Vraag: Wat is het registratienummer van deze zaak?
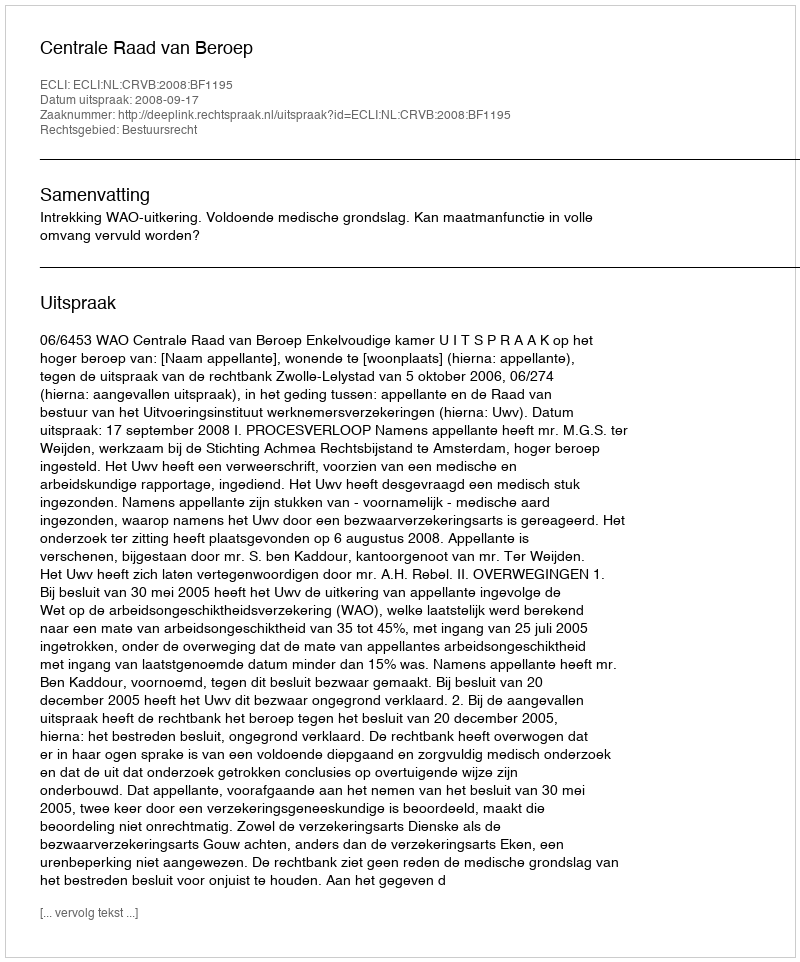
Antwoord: http://deeplink.rechtspraak.nl/uitspraak?id=ECLI:NL:CRVB:2008:BF1195